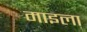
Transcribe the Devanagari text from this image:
माइला